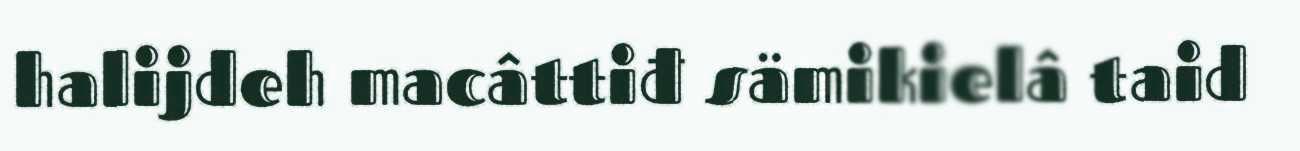
halijdeh macâttiđ sämikielâ taid